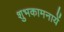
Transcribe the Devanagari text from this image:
शुभकामनायें